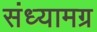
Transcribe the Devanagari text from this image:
संध्यामग्र